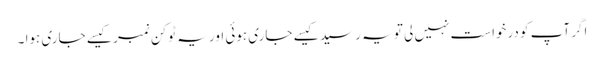
اگر آپ کو درخواست نہیں لی تو یہ رسید کیسے جاری ہوئی اور یہ ٹوکن نمبر کیسے جاری ہوا ۔